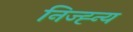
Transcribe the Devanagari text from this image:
निज्ह्न्य